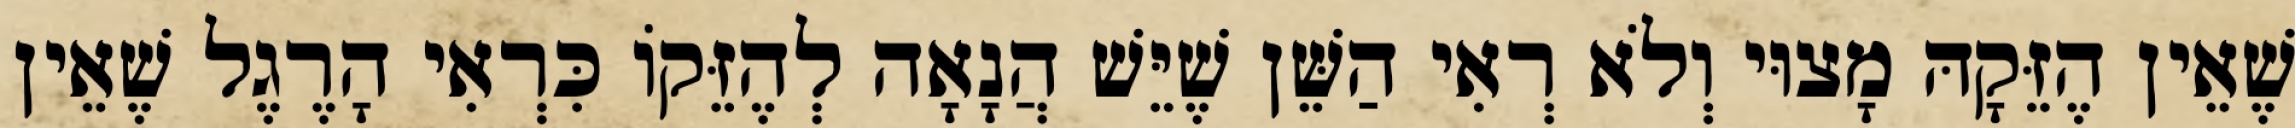
שֶׁאֵין הֶזֵּקָהּ מָצוּי וְלֹא רְאִי הַשֵּׁן שֶׁיֵּשׁ הֲנָאָה לְהֶזֵּקוֹ כִּרְאִי הָרֶגֶל שֶׁאֵין